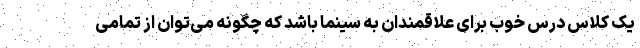
یک کلاس درس خوب برای علاقمندان به سینما باشد که چگونه می‌توان از تمامی